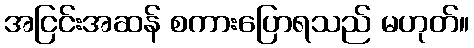
အငြင်းအဆန် စကားပြောရသည် မဟုတ်။